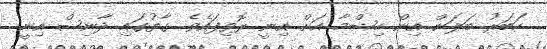
ހަބަރު ބަލަން އިން ހިޝްމާ އަށް އިނީ ރޮވިފައެވެ. ގާތުގައި ދާނިޝް އިނީ